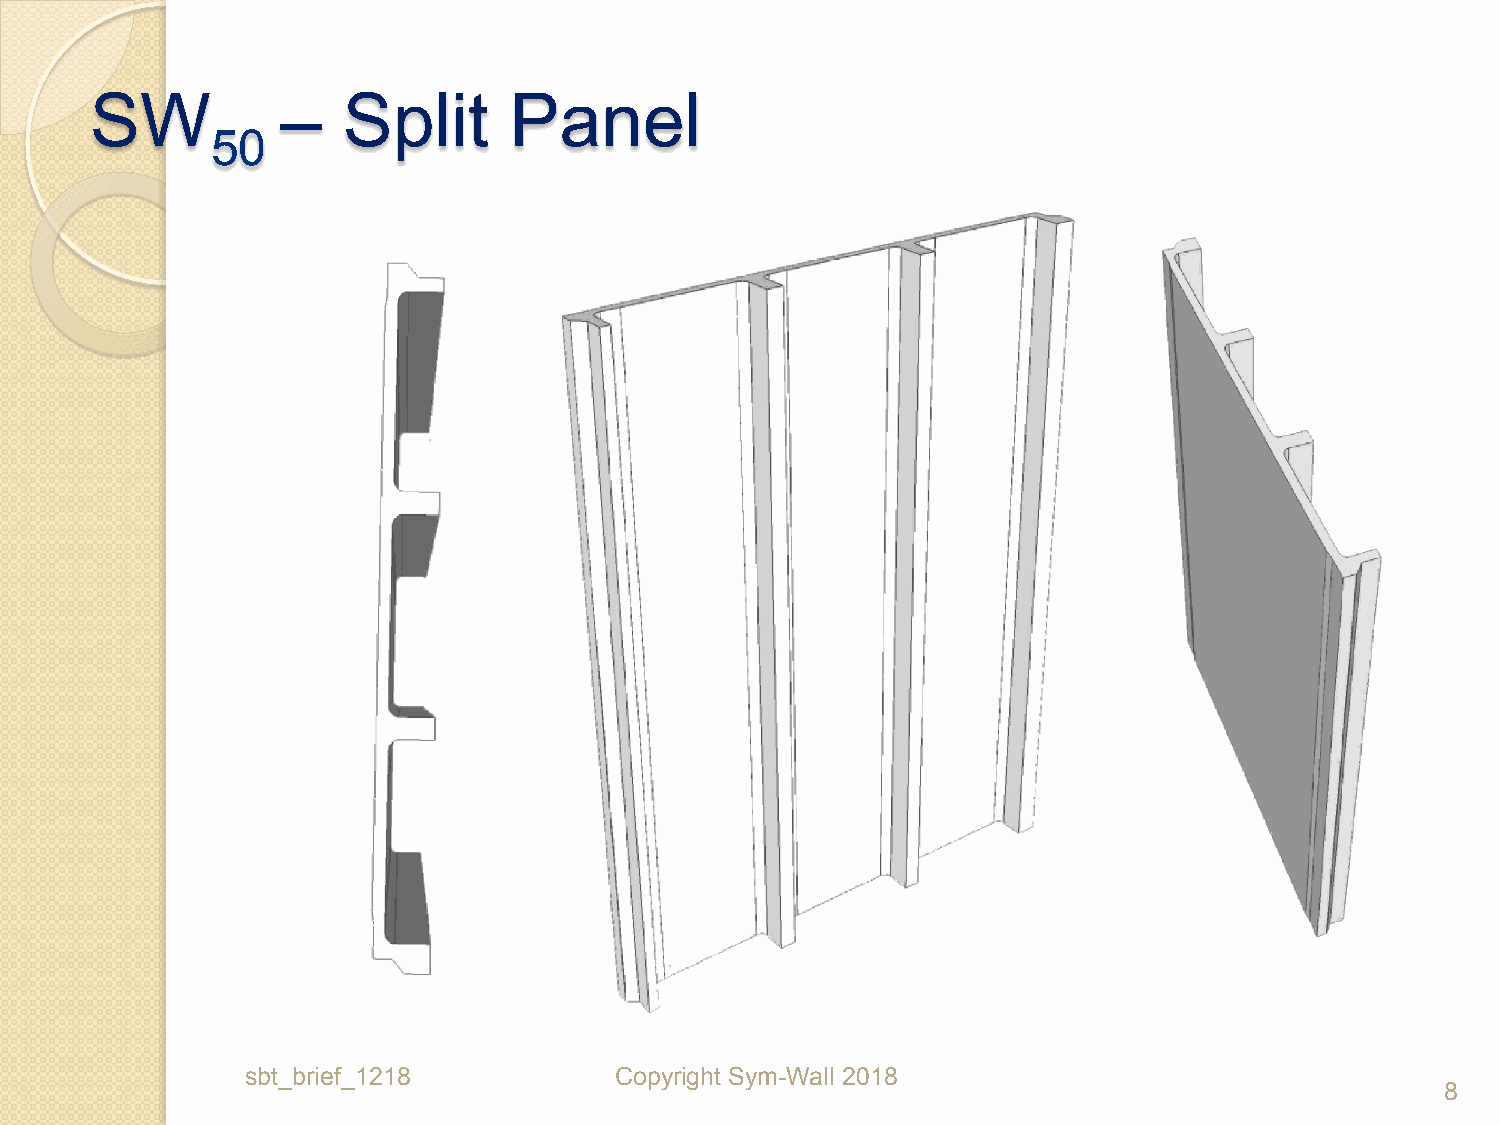
SW           –   Split      Panel
 50
 sbt_brief_1218           Copyright Sym-Wall 2018
 8